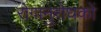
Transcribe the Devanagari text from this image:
रोगानुरोधकों